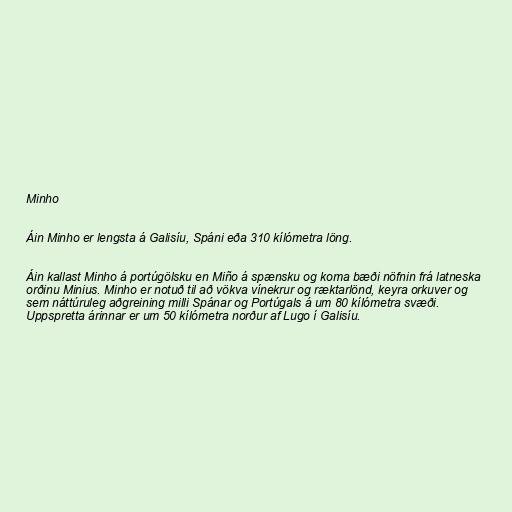
Minho

Áin Minho er lengsta á Galisíu, Spáni eða 310 kílómetra löng.

Áin kallast Minho á portúgölsku en Miño á spænsku og koma bæði nöfnin frá latneska
orðinu Minius. Minho er notuð til að vökva vínekrur og ræktarlönd, keyra orkuver og
sem náttúruleg aðgreining milli Spánar og Portúgals á um 80 kílómetra svæði.
Uppspretta árinnar er um 50 kílómetra norður af Lugo í Galisíu.